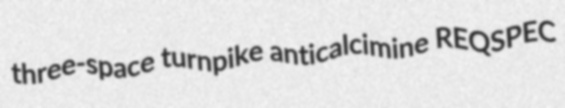
three-space turnpike anticalcimine REQSPEC